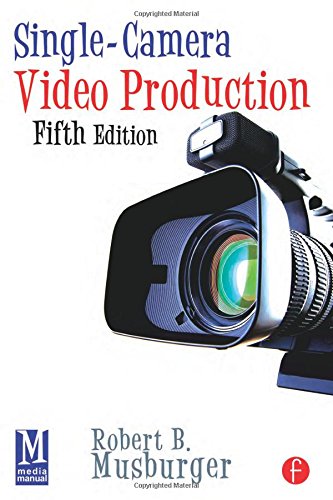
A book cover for Single-Camera Video Production; Robert B. Musburger PhD; Humor & Entertainment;